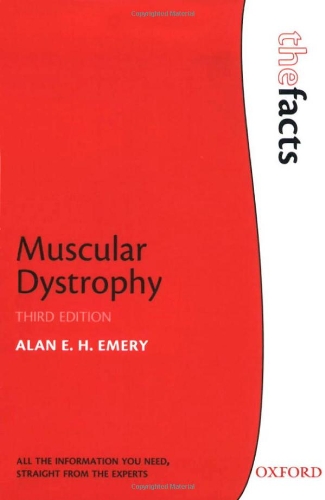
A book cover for Muscular Dystrophy (The Facts Series); Alan E.H. Emery; Health, Fitness & Dieting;